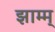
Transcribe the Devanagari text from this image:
झाम्म्